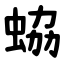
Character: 蛠